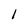
Character: 1